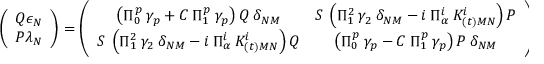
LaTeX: \left( \begin{array} { c } { { Q \epsilon _ { N } } } \\ { { P \lambda _ { N } } } \end{array} \right) = \left( \begin{array} { c c } { { \left( \Pi _ { 0 } ^ { p } \: \gamma _ { p } + C \: \Pi _ { 1 } ^ { p } \: \gamma _ { p } \right) Q \: \delta _ { N M } } } & { { S \: \left( \Pi _ { 1 } ^ { 2 } \: \gamma _ { 2 } \: \delta _ { N M } - i \: \Pi _ { \alpha } ^ { i } \: K _ { ( t ) M N } ^ { i } \right) P } } \\ { { S \: \left( \Pi _ { 1 } ^ { 2 } \: \gamma _ { 2 } \: \delta _ { N M } - i \: \Pi _ { \alpha } ^ { i } \: K _ { ( t ) M N } ^ { i } \right) Q } } & { { \left( \Pi _ { 0 } ^ { p } \: \gamma _ { p } - C \: \Pi _ { 1 } ^ { p } \: \gamma _ { p } \right) P \: \delta _ { N M } } } \end{array} \right) \left( \begin{array} { c } { { P \kappa _ { M 0 } } } \\ { { Q \lambda _ { M 0 } } } \end{array} \right)